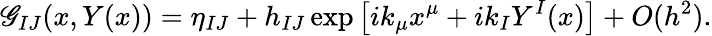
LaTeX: \mathscr{G}_{IJ}(x,Y(x))=\eta_{IJ}+h_{IJ}\exp\left[ik_{\mu}x^{\mu}+ik_{I}Y^{I}(x)\right]+O(h^{2}).